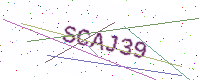
Text: SCAJ39